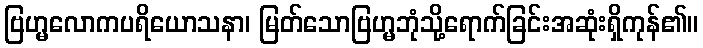
ဗြဟ္မလောကပရိယောသနာ၊ မြတ်သောဗြဟ္မဘုံသို့ရောက်ခြင်းအဆုံးရှိကုန်၏။